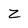
Character: Z